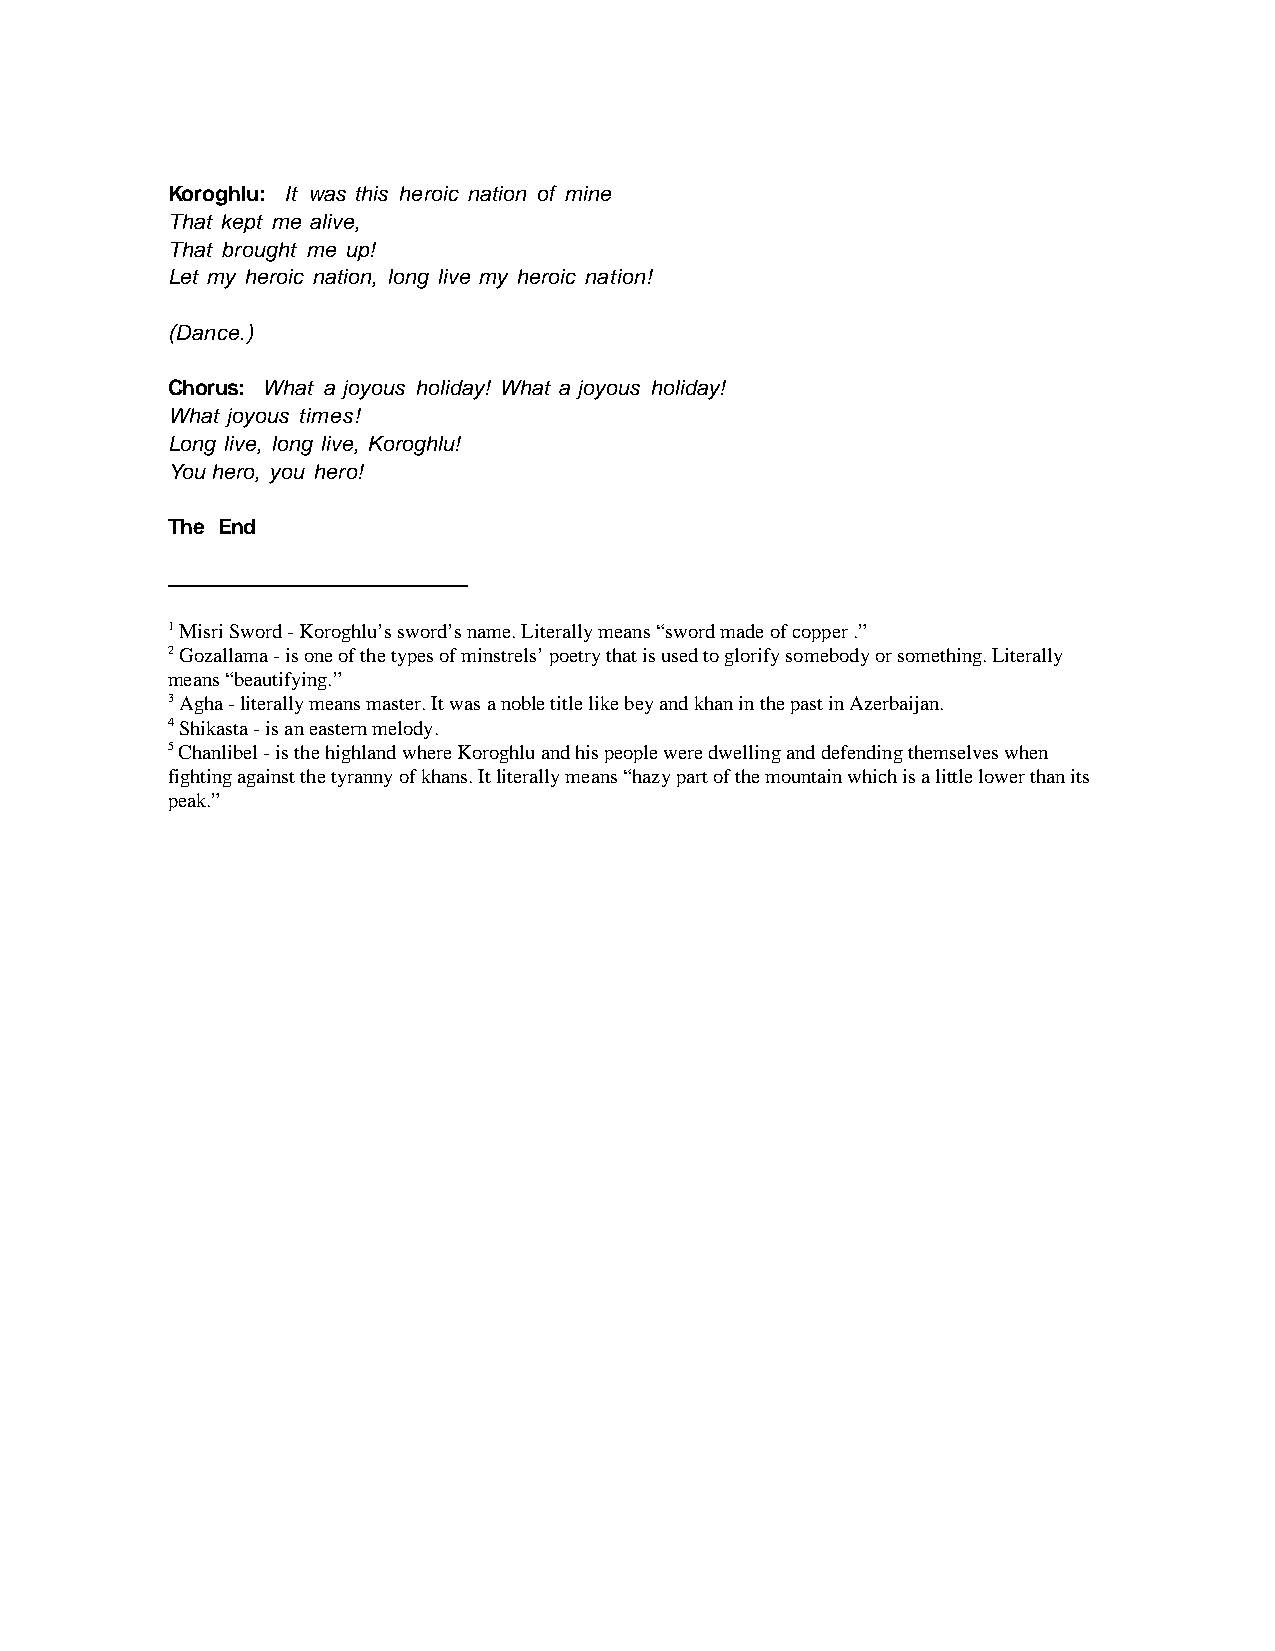
Koroghlu: It was this heroic nation of mine
 That kept me alive,
 That brought me up!
 Let my heroic nation, long live my heroic nation!
 (Dance.)
 Chorus: What a joyous holiday! What a joyous holiday!
 What joyous times!
 Long live, long live, Koroghlu!
 You hero, you hero!
 The End
 1 Misri Sword - Koroghlu’s sword’s name. Literally means “sword made of copper .”
 2 Gozallama - is one of the types of minstrels’ poetry that is used to glorify somebody or something. Literally
 means “beautifying.”
 3 Agha - literally means master. It was a noble title like bey and khan in the past in Azerbaijan.
 4 Shikasta - is an eastern melody.
 5 Chanlibel - is the highland where Koroghlu and his people were dwelling and defending themselves when
 fighting against the tyranny of khans. It literally means “hazy part of the mountain which is a little lower than its
 peak.”